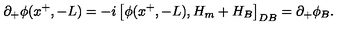
\partial _ { + } \phi ( x ^ { + } , - L ) = - i \left[ \phi ( x ^ { + } , - L ) , H _ { m } + H _ { B } \right] _ { D B } = \partial _ { + } \phi _ { B } .